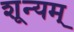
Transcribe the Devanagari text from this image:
शून्यम्